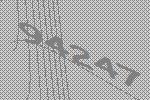
94247